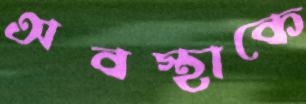
অবস্থাকে